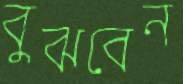
বুঝবেন